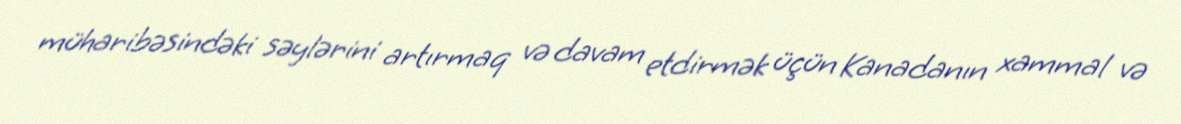
müharibəsindəki səylərini artırmaq və davam etdirmək üçün Kanadanın xammal və